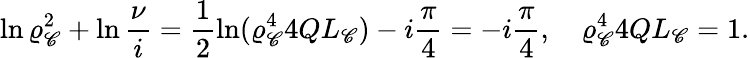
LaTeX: \displaystyle{\ln\varrho_{\mathscr{C}}^{2}+\ln\frac{{\nu}}{{i}}=\frac{{1}}{{2}}\ln(\varrho_{\mathscr{C}}^{4}4QL_{\mathscr{C}})-i\frac{{\pi}}{{4}}=-i\frac{{\pi}}{{4}}},\quad\varrho_{\mathscr{C}}^{4}4QL_{\mathscr{C}}=1.